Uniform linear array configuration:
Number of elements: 32
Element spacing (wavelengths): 1
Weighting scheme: blackman
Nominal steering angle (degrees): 60
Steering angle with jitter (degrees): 58.604
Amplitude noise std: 0.05
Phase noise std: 0.05

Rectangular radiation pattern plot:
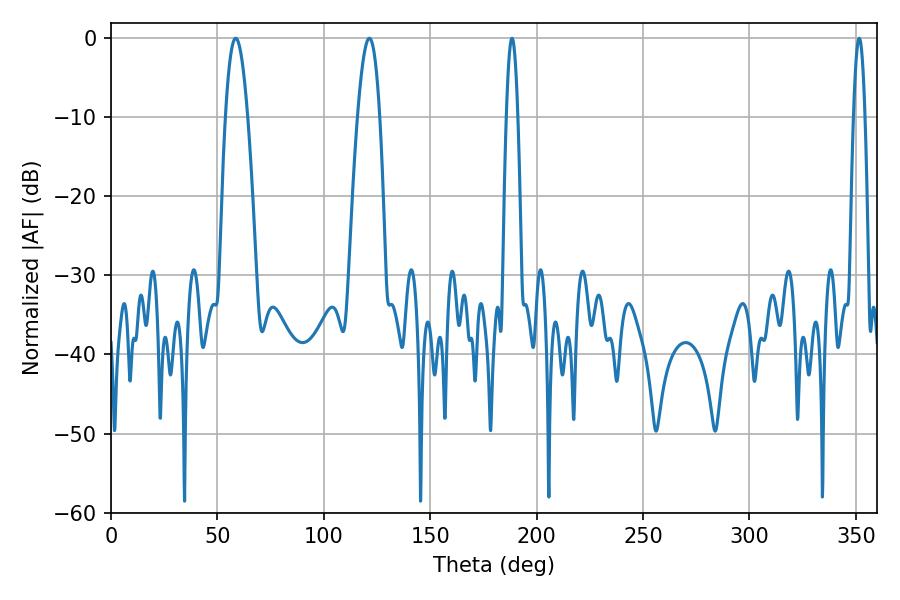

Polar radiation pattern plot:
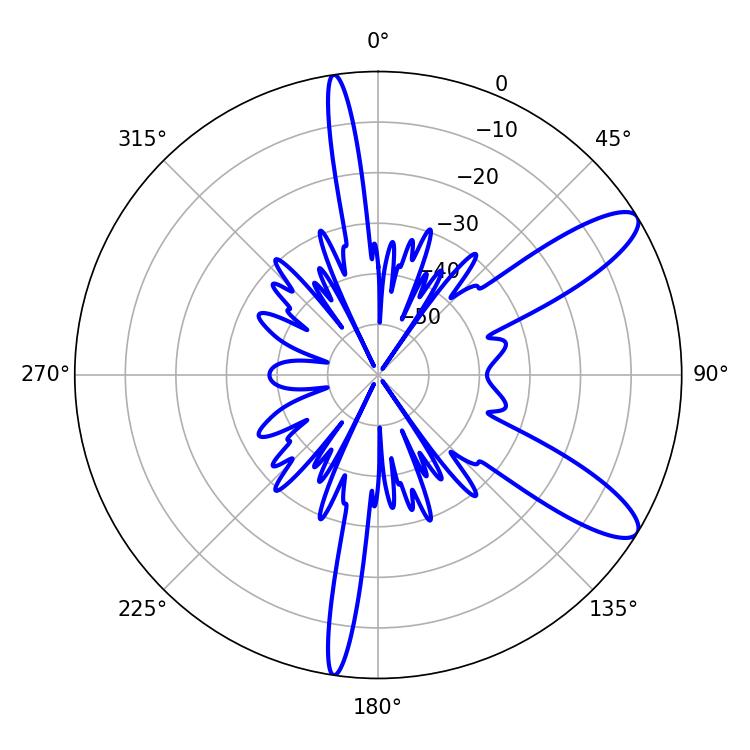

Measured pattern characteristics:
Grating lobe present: TRUE
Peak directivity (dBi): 10.748
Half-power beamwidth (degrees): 2.88
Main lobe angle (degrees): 188.46